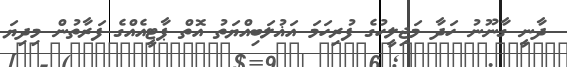
ދާނީ ގާނޫނު ހަދާ މަޖިލީހުގެ ފުރިހަމަ އަޣުލަބިއްޔަތު އޮތް ޕާޓީއެއްގެ ފަރާތުން މިދިޔަ